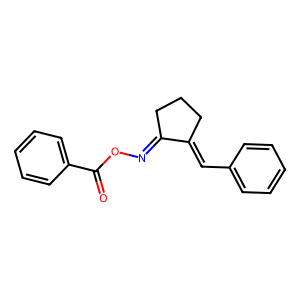
SMILES: O=C(ON=C1CCCC1=Cc1ccccc1)c1ccccc1
Inhibits HIV replication: No